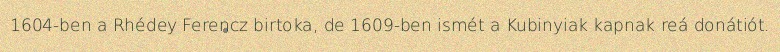
1604-ben a Rhédey Ferencz birtoka, de 1609-ben ismét a Kubinyiak kapnak reá donátiót.